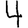
Digit: 4